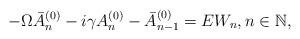
LaTeX: \begin{align*}-\Omega \bar{A}_n^{(0)} - i\gamma A_n^{(0)} - \bar{A}_{n-1}^{(0)} = E W_n, n \in \mathbb{N},\end{align*}